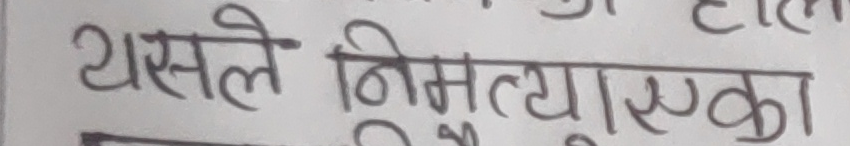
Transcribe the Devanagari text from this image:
यसले निम्नत्यारूका